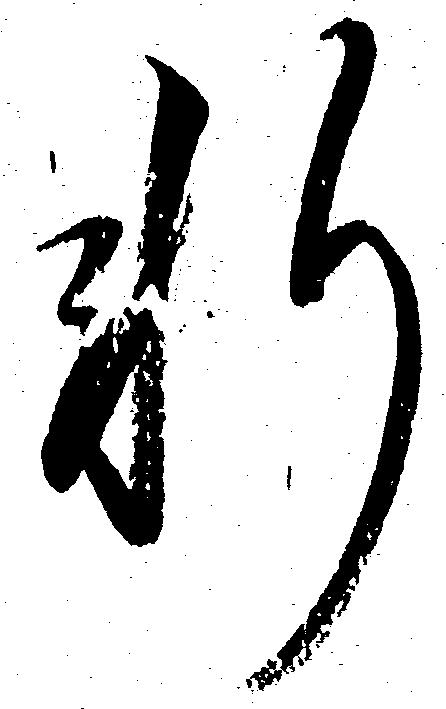
軒